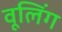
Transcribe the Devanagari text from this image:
वूलिंग